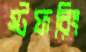
স্টফরিং